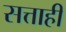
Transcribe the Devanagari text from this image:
सत्ताही